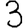
Digit: 3